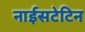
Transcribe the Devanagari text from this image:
नाईसटेटिन